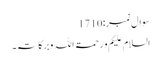
سوال نمبر:1710
السلام علیکم و رحمۃ اللہ وبرکاتہ۔